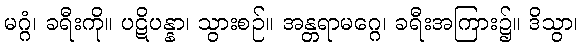
မဂ္ဂံ၊ ခရီးကို။ ပဋိပန္နာ၊ သွားစဉ်။ အန္တရာမဂ္ဂေ၊ ခရီးအကြား၌။ ဒိသွာ၊